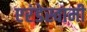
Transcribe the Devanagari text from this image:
एरंडेस्वामी